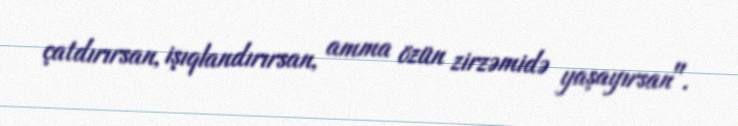
çatdırırsan, işıqlandırırsan, amma özün zirzəmidə yaşayırsan".